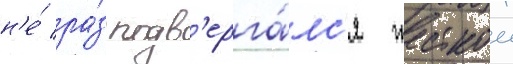
н'е́ ра́з подв'ерга́лс'я жесткои